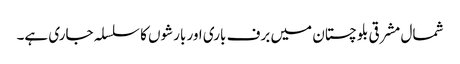
شمال مشرقی بلوچستان میں برف باری اور بارشوں کا سلسلہ جاری ہے۔